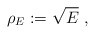
\begin{align*}\rho_E:=\sqrt {E}\ ,\end{align*}